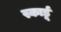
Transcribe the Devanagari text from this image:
स्कार्डू